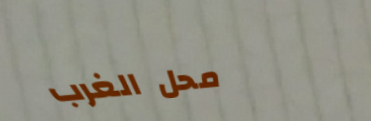
محل الغرب